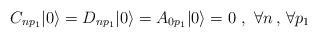
LaTeX: \begin{align*}C_{n p_1} |0\rangle = D_{n p_1} |0 \rangle = A_{0 p_1} |0 \rangle = 0 \ ,\ \forall n \, ,\, \forall p_1\end{align*}